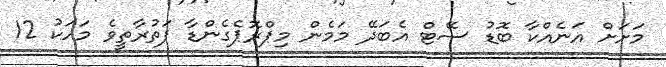
މަށަށް އަނެއްކާ ބޮޑު ސޭޓް އެބަދޭ މަމެން މިޕްރޮޕެގެންޑާ ފަތުރާތީވެ މަހަކު 12